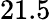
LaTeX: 21.5